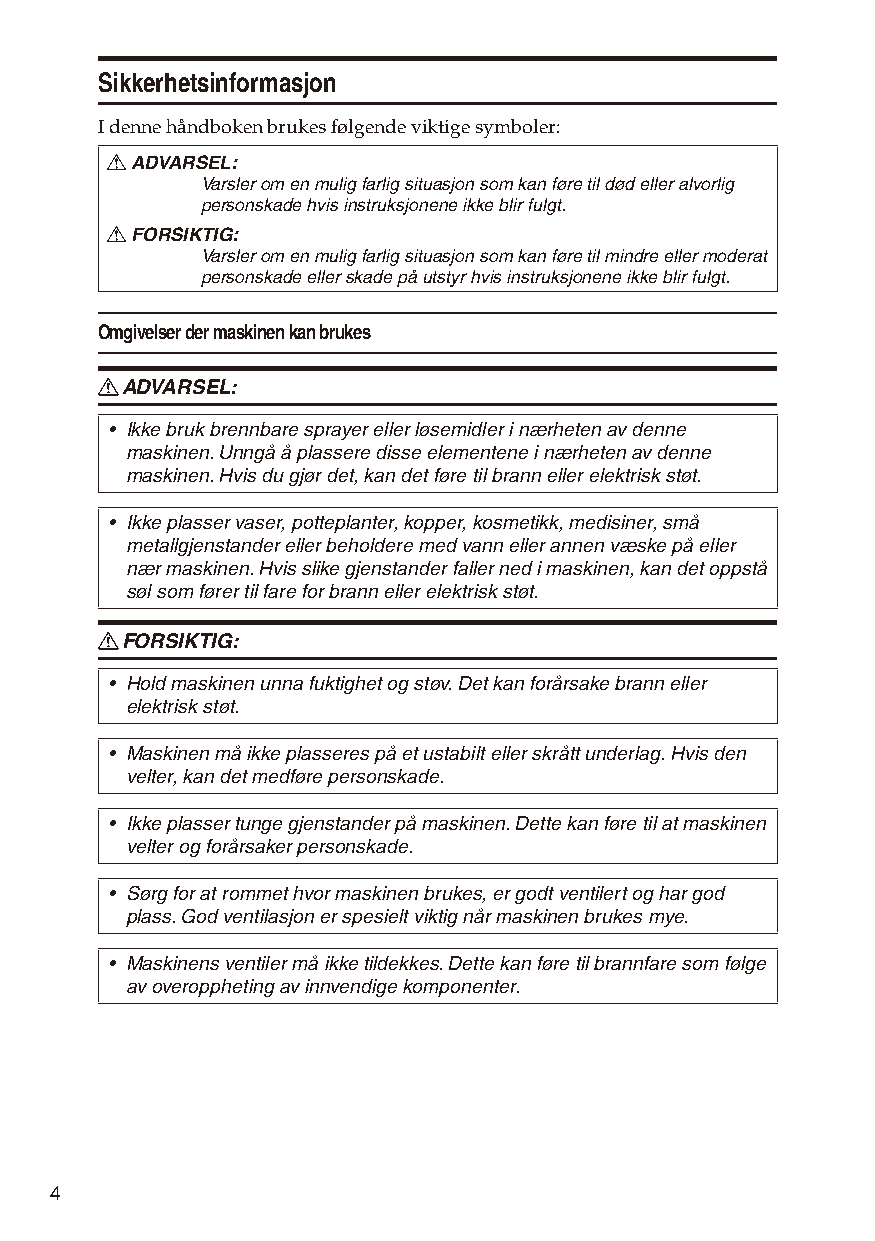
Sikkerhetsinformasjon
 I denne håndboken brukes følgende viktige symboler:
 R ADVARSEL:
 Varsler om en mulig farlig situasjon som kan føre til død eller alvorlig
 personskade hvis instruksjonene ikke blir fulgt.
 R FORSIKTIG:
 Varsler om en mulig farlig situasjon som kan føre til mindre eller moderat
 personskade eller skade på utstyr hvis instruksjonene ikke blir fulgt.
 Omgivelser der maskinen kan brukes
 R ADVARSEL:
 • Ikke bruk brennbare sprayer eller løsemidler i nærheten av denne
 maskinen. Unngå å plassere disse elementene i nærheten av denne
 maskinen. Hvis du gjør det, kan det føre til brann eller elektrisk støt.
 • Ikke plasser vaser, potteplanter, kopper, kosmetikk, medisiner, små
 metallgjenstander eller beholdere med vann eller annen væske på eller
 nær maskinen. Hvis slike gjenstander faller ned i maskinen, kan det oppstå
 søl som fører til fare for brann eller elektrisk støt.
 R FORSIKTIG:
 • Hold maskinen unna fuktighet og støv. Det kan forårsake brann eller
 elektrisk støt.
 • Maskinen må ikke plasseres på et ustabilt eller skrått underlag. Hvis den
 velter, kan det medføre personskade.
 • Ikke plasser tunge gjenstander på maskinen. Dette kan føre til at maskinen
 velter og forårsaker personskade.
 • Sørg for at rommet hvor maskinen brukes, er godt ventilert og har god
 plass. God ventilasjon er spesielt viktig når maskinen brukes mye.
 • Maskinens ventiler må ikke tildekkes. Dette kan føre til brannfare som følge
 av overoppheting av innvendige komponenter.
 4